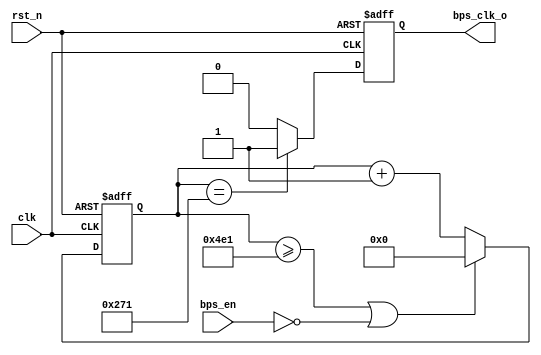
// 

module baud #(
    parameter       BPS_PARAM = 1250 // 12M/1250=9600
)(
    input   clk,
    input   rst_n,
    input   bps_en,
    output  reg bps_clk_o
);

// 
reg [12:0] cnt;
always @(posedge clk or negedge rst_n) begin
    if(!rst_n)
        cnt <= 1'b0;
    else if( (cnt>=BPS_PARAM-1) || (!bps_en) ) // 
        cnt <= 1'b0;
    else
        cnt <= cnt + 1'b1;
end

// 
always @(posedge clk or negedge rst_n) begin
    if(!rst_n)
        bps_clk_o <= 1'b0;
    else if(cnt == (BPS_PARAM>>1)) // 50%
        bps_clk_o <= 1'b1;
    else
        bps_clk_o <= 1'b0;
end

endmodule